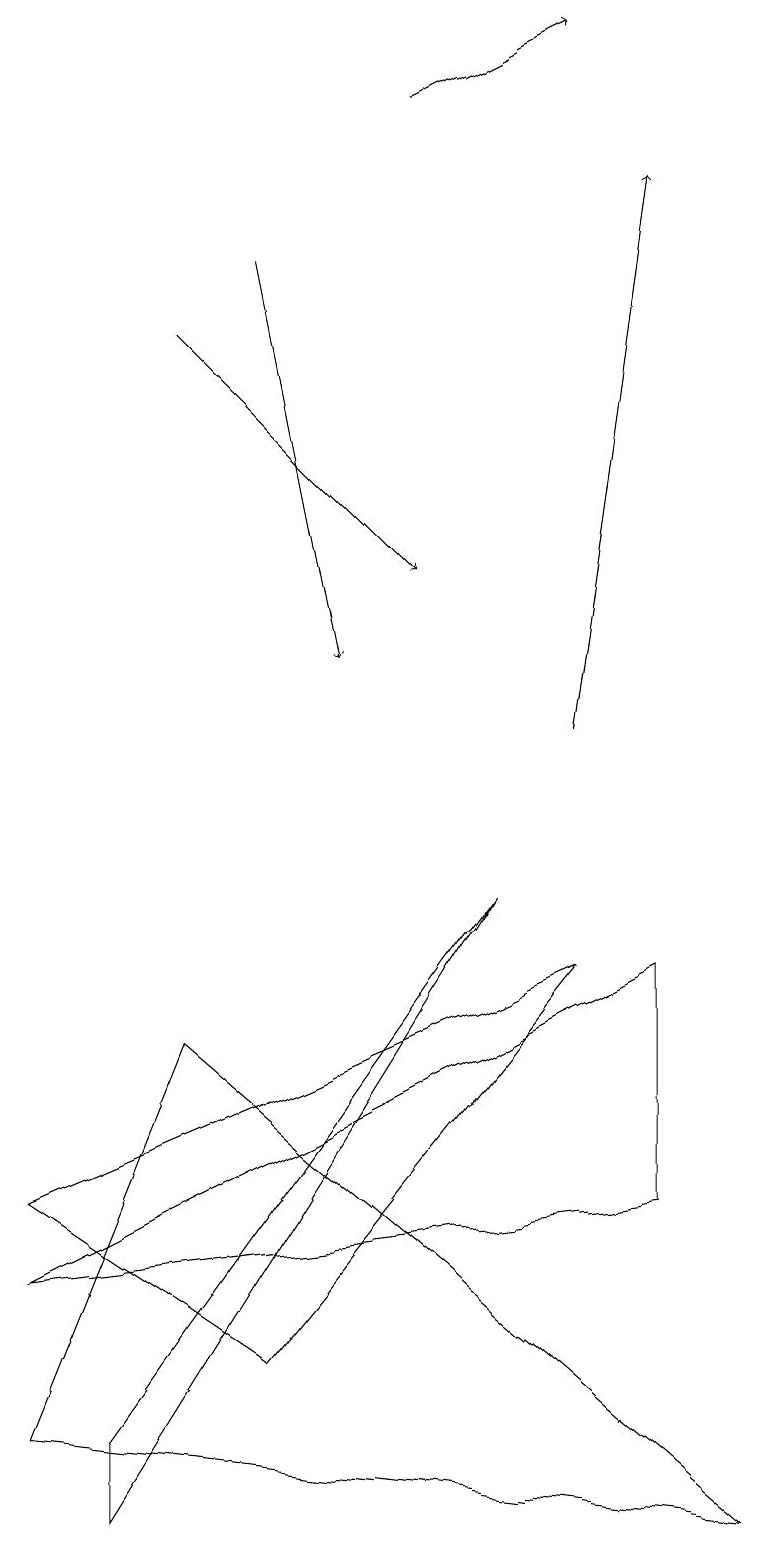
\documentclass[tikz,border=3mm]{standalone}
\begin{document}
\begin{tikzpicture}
\draw (2,6) -- (0,1) -- (9,0) -- cycle;
\draw[->] (3,16) -- (4,11);
\draw (3,2) -- (0,4) -- (7,7) -- cycle;
\draw (8,7) -- (8,4) -- (0,3) -- cycle;
\draw (6,8) -- (1,1) -- (1,0) -- cycle;
\draw[->] (7,10) -- (8,17);
\draw[->] (5,18) -- (7,19);
\draw[->] (2,15) -- (5,12);
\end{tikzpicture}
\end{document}